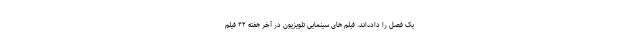
یک فصل را داده‌اند. فیلم های سینمایی تلویزیون در آخر هفته ۴۲ فیلم